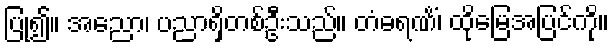
ပြု၍။ အညော၊ ပညာရှိတစ်ဦးသည်။ တံဓရဏိံ၊ ထိုမြေအပြင်ကို။